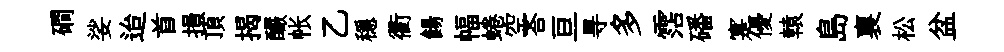
磵娑迨首損頂揭釅帐乙穩衢餳幅蜷空荅亘㝵多霑磻寔優轅島裏松盆